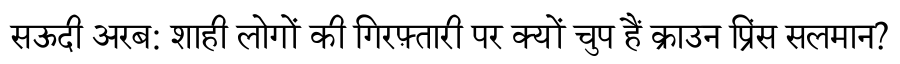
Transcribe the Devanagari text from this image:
सऊदी अरब: शाही लोगों की गिरफ़्तारी पर क्यों चुप हैं क्राउन प्रिंस सलमान?